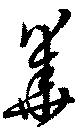
華